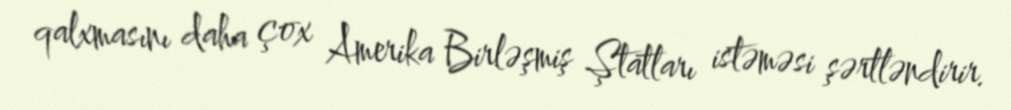
qalxmasını daha çox Amerika Birləşmiş Ştatları istəməsi şərtləndirir.